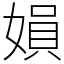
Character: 㜏